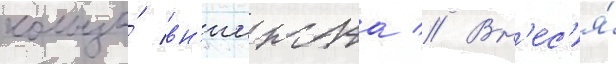
кольцо́ вн'иижта // Вн'ес'я́